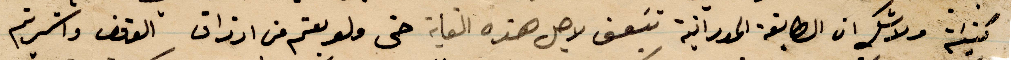
كنيته ولا شك ان الطائفة المورانية تبعف لاجل هذه الغاية حتى ولو بعتم من ارزاق الوقوف واشتريتم